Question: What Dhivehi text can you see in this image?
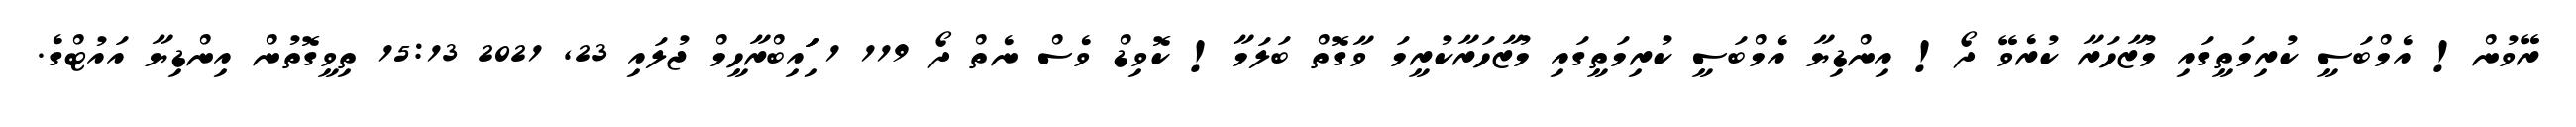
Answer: ރޭވުން! އެމްބަސީ ކުރިމަތީގައި މުޒާހަރާ ކުރެވޭ ދޯ! އިންޑިޔާ އެމްބަސީ ކުރިމަތީގައި މުޒާހަރާކުރީމަ ވާގޮތް ބަލަމާ! ކޮވިޑް ވެސް ނެތް ދޯ 119 1 ަިަަައިބްރާހީމް ޖުލައި 23, 2021 15:13 ތިވީގޮތުން އިންޑިޔާ އައުޓްގެ.